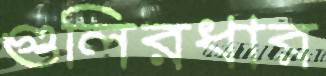
গুলিরধার